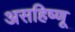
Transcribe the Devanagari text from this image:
असहिष्णू